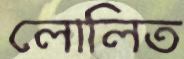
লোলিত